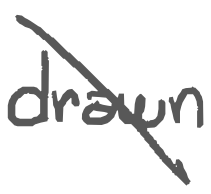
Text: drawn
Cross-out: mix
Writing tool: digital_gray